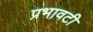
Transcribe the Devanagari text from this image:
प्रभावटी